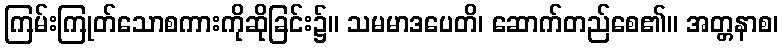
ကြမ်းကြုတ်သောစကားကိုဆိုခြင်း၌။ သမမာဒပေတိ၊ ဆောက်တည်စေ၏။ အတ္တနာစ၊